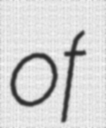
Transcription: of